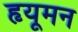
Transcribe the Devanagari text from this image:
हृयूमन